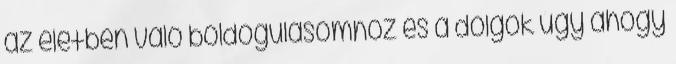
az életben való boldogulásomhoz és a dolgok úgy ahogy